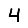
Digit: 4